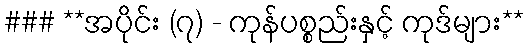
### **အပိုင်း (၇) - ကုန်ပစ္စည်းနှင့် ကုဒ်များ**